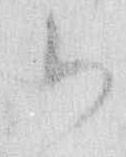
御